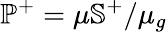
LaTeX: \mathbb{P}^{+}=\mu\mathbb{S}^{+}/\mu_{g}